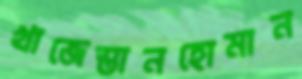
খাজেস্তানহোমান